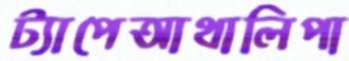
ট্যাপেআথালিপা